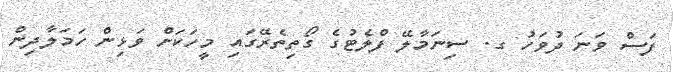
ފަސް ވަނަ ދުވަހު ގ. ސިނަމާލޭ ފްލެޓުގެ ގޯތިތެރޭގައި މީހަކަށް ވަޅިން ހަމަލާދިން